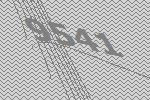
9541